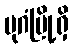
ပုဂံမြို့ရှိ